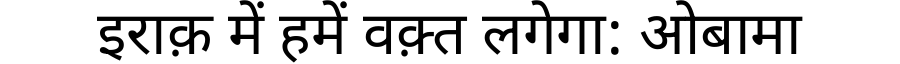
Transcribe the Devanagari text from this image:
इराक़ में हमें वक़्त लगेगा: ओबामा